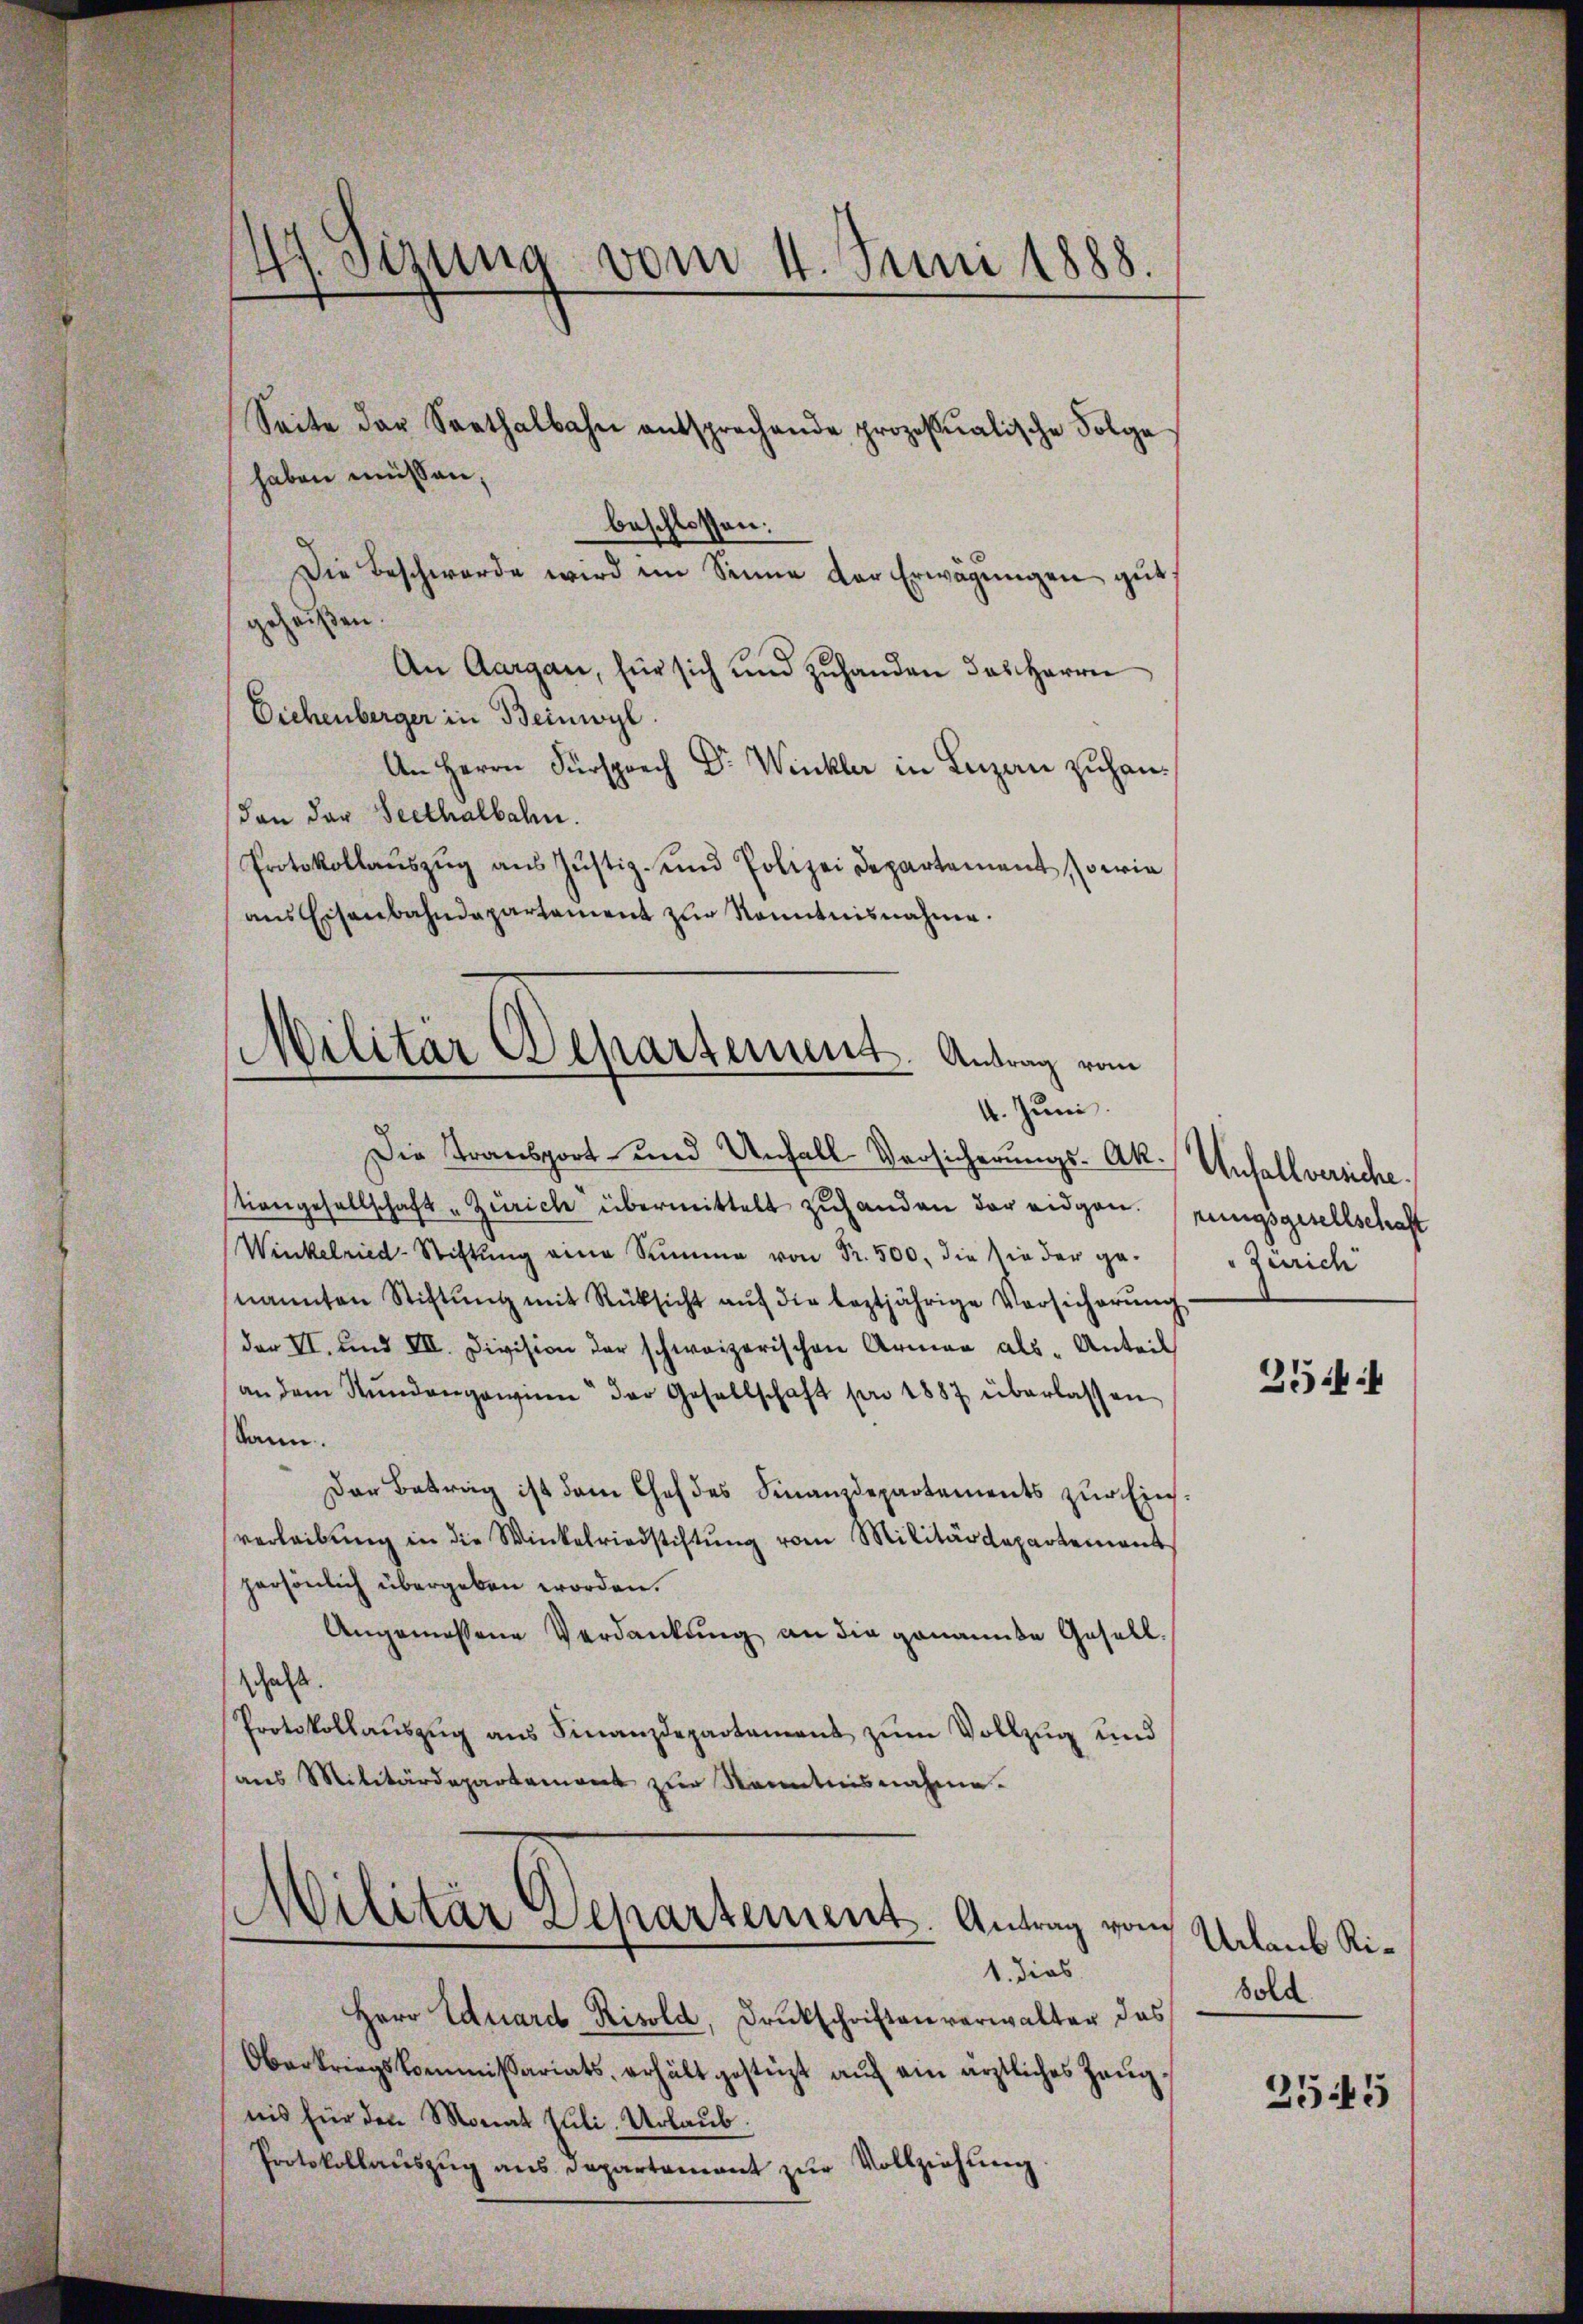
47. Sizung vom 4. Juni 1888.

Seite der Sarthalbahn entsprechende prozessualische Folge
haben müssen,
beschlossen:
Die Beschwerde wird im Sinne der Erwägungen gutgeheißen.
An Aargau, für sich und zuhanden das Herrn
Eichenberger in Beinwyl
An Herrn Fürsprech Dr. Winkler in Luzern zuhandan der Seethalbahn.
Protokollaŭszŭg aŭs Zŭstiz- und Polizei Departement, sowie
aus Eisenbahndepartament zur Kenntnisnahme.

Die Transport- und Unfall Vorsicherungs-Ak. Unfallversiche
tiengesellschaft - Zürich übermittelt zuhanden der eidgen. (zungsgesellschaft
Winkelried-Stiftung eine Summe von Fr. 500, die sie der ge-
nannten Stiftŭng mit Rücksicht aŭf die leztjährige Versicherŭng
der II. und VII. Division der schweizerischen Armen als Anteil
an dem Stundangewinn der Gesellschaft pr 1887 überlassen
kann.
Der Betrag ist dem Chef des Finanzdepartements zur Einsverleibŭng in die Winkelriedstiftŭng vom Militärdepartement
persönlich übergeben worden.
Angemessene Verdankung an die genannte Gesell
schaft.
Protokollaŭszŭg aŭs Finanzdepartamens zŭm Vollzŭg und
ans Militärdepartement zŭr Kenntnisnahme.

Militär Departement. Antrag vom
4. Juni.

1. dies
Herr Eduard-Risold, Druckschriften verwalter das
Oberkriegskommissariats, erhält gestüzt aŭf ein ärztliches Zeug
nis für den Monat Juli-Urlaub.
Protokollauszug aus Departamant zŭr Vollziehung

Militär Departement. Antrag vom

Zürich

2544

Urlaub Risold

2545